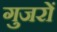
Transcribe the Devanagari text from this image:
गुजरों